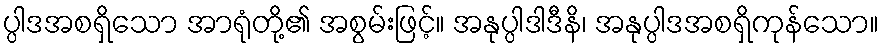
ပ္ပါဒအစရှိသော အာရုံတို့၏ အစွမ်းဖြင့်။ အနုပ္ပါဒါဒီနိ၊ အနုပ္ပါဒအစရှိကုန်သော။